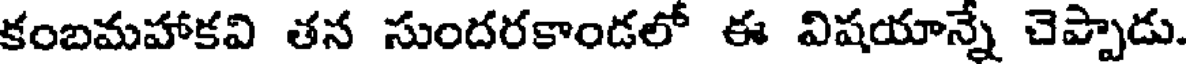
కంబమహాకవి తన సుందరకాండలో ఈ విషయాన్నే చెప్పాడు.